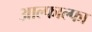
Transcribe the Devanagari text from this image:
आल्फाल्फा